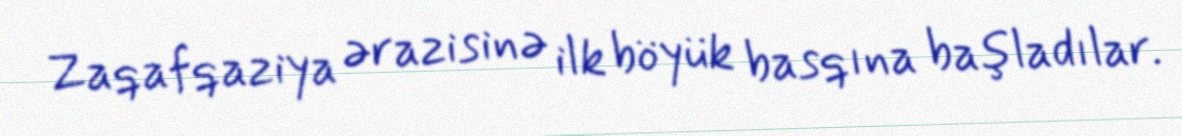
Zaqafqaziya ərazisinə ilk böyük basqına başladılar.